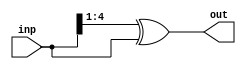
module graycode_gen #(parameter ADDRSIZE = 4)(
                    input [ADDRSIZE:0] inp,
                    output[ADDRSIZE:0] out
);
    assign out = (inp >> 1)^(inp);
endmodule